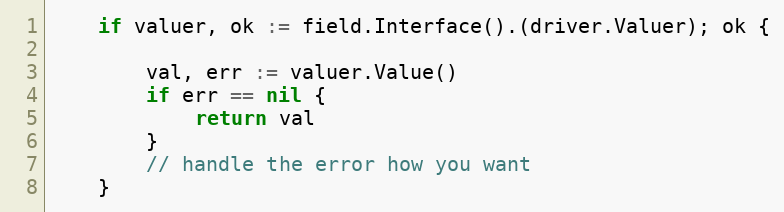
Language: Go
	if valuer, ok := field.Interface().(driver.Valuer); ok {

		val, err := valuer.Value()
		if err == nil {
			return val
		}
		// handle the error how you want
	}